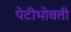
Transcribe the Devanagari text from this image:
पेटीभोवती